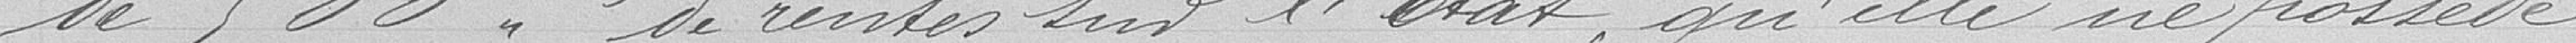
de 500 francs de rentes sur l'État, qu'elle ne possède